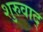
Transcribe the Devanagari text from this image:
शुरुवाद्